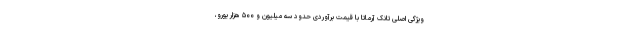
ویژگی اصلی تانک آرماتا با قیمت برآوردی حدود سه میلیون و ۵۰۰ هزار یورو،